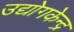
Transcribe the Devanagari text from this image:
उद्योगकेन्द्र